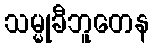
သမ္မုခီဘူတေန